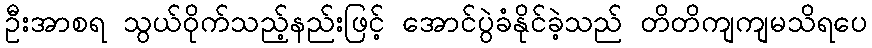
ဦးအာစရ သွယ်ဝိုက်သည့်နည်းဖြင့် အောင်ပွဲခံနိုင်ခဲ့သည် တိတိကျကျမသိရပေ